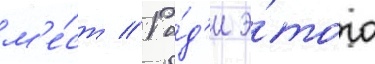
м'е́ст // Ра́д'и э́того